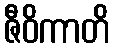
ဇီဝိကာတိ